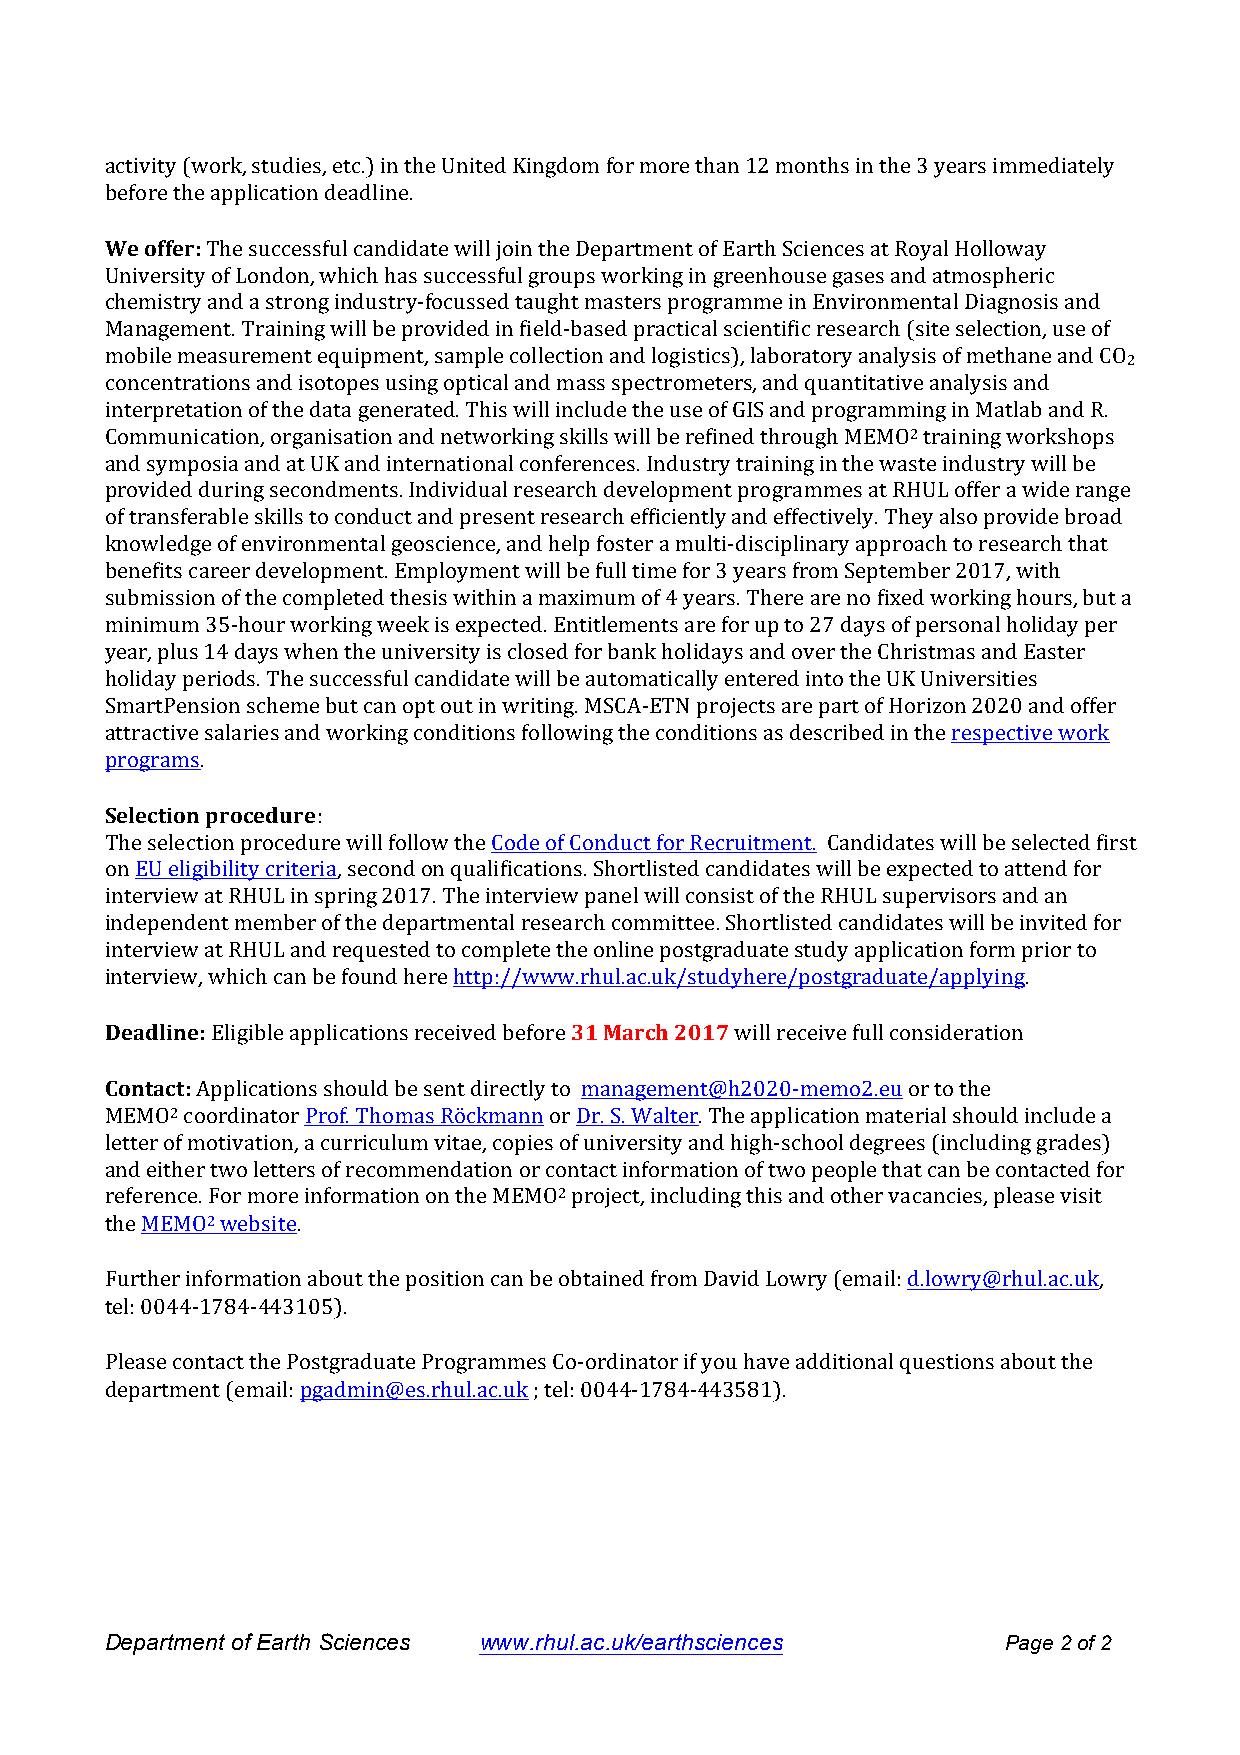
activity (work, studies, etc.) in the United Kingdom for more than 12 months in the 3 years immediately
 before the application deadline.
 We offer: The successful candidate will join the Department of Earth Sciences at Royal Holloway
 University of London, which has successful groups working in greenhouse gases and atmospheric
 chemistry and a strong industry-­‐focussed taught masters programme in Environmental Diagnosis and
 Management. Training will be provided in field-­‐based practical scientific research (site selection, use of
 mobile measurement equipment, sample collection and logistics), laboratory analysis of methane and CO
 2
 concentrations and isotopes using optical and mass spectrometers, and quantitative analysis and
 interpretation of the data generated. This will include the use of GIS and programming in Matlab and R.
 Communication, organisation and networking skills will be refined through MEMO2 training workshops
 and symposia and at UK and international conferences. Industry training in the waste industry will be
 provided during secondments. Individual research development programmes at RHUL offer a wide range
 of transferable skills to conduct and present research efficiently and effectively. They also provide broad
 knowledge of environmental geoscience, and help foster a multi-­‐disciplinary approach to research that
 benefits career development. Employment will be full time for 3 years from September 2017, with
 submission of the completed thesis within a maximum of 4 years. There are no fixed working hours, but a
 minimum 35-­‐hour working week is expected. Entitlements are for up to 27 days of personal holiday per
 year, plus 14 days when the university is closed for bank holidays and over the Christmas and Easter
 holiday periods. The successful candidate will be automatically entered into the UK Universities
 SmartPension scheme but can opt out in writing. MSCA-­‐ETN projects are part of Horizon 2020 and offer
 attractive salaries and working conditions following the conditions as described in the respective work
 programs.
 Selection procedure:
 The selection procedure will follow the Code of Conduct for Recruitment. Candidates will be selected first
 on EU eligibility criteria, second on qualifications. Shortlisted candidates will be expected to attend for
 interview at RHUL in spring 2017. The interview panel will consist of the RHUL supervisors and an
 independent member of the departmental research committee. Shortlisted candidates will be invited for
 interview at RHUL and requested to complete the online postgraduate study application form prior to
 interview, which can be found here http://www.rhul.ac.uk/studyhere/postgraduate/applying.
 Deadline: Eligible applications received before 31 March 2017 will receive full consideration
 Contact: Applications should be sent directly to management@h2020-­‐memo2.eu or to the
 MEMO2 coordinator Prof. Thomas Röckmann or Dr. S. Walter. The application material should include a
 letter of motivation, a curriculum vitae, copies of university and high-­‐school degrees (including grades)
 and either two letters of recommendation or contact information of two people that can be contacted for
 reference. For more information on the MEMO2 project, including this and other vacancies, please visit
 the MEMO2 website.
 Further information about the position can be obtained from David Lowry (email: d.lowry@rhul.ac.uk,
 tel: 0044-­‐1784-­‐443105).
 Please contact the Postgraduate Programmes Co-­‐ordinator if you have additional questions about the
 department (email: pgadmin@es.rhul.ac.uk ; tel: 0044-­‐1784-­‐443581).
 Department of Earth Sciences www.rhul.ac.uk/earthsciences   Page 2 of 2